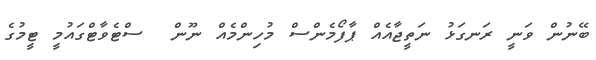
ބޭނުން ވަނީ ރަނގަޅު ނަތީޖާއެއް ޕާފޯމެންސް މުހިންމެއް ނޫން  ސްޓެވާޓްގައުމީ ޓީމުގެ